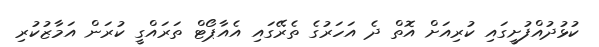
ކުޅުދުއްފުށީގައި ކުރިއަށް އޮތް ދެ އަހަރުގެ ތެރޭގައި އެއާޕޯޓް ތަރައްގީ ކުރަން އަމާޒުކުރި